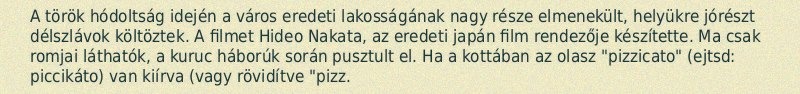
A török hódoltság idején a város eredeti lakosságának nagy része elmenekült, helyükre jórészt délszlávok költöztek. A filmet Hideo Nakata, az eredeti japán film rendezője készítette. Ma csak romjai láthatók, a kuruc háborúk során pusztult el. Ha a kottában az olasz "pizzicato" (ejtsd: piccikáto) van kiírva (vagy rövidítve "pizz.